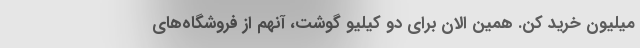
میلیون خرید کن. همین الان برای دو کیلیو گوشت، آنهم از فروشگاه‌های